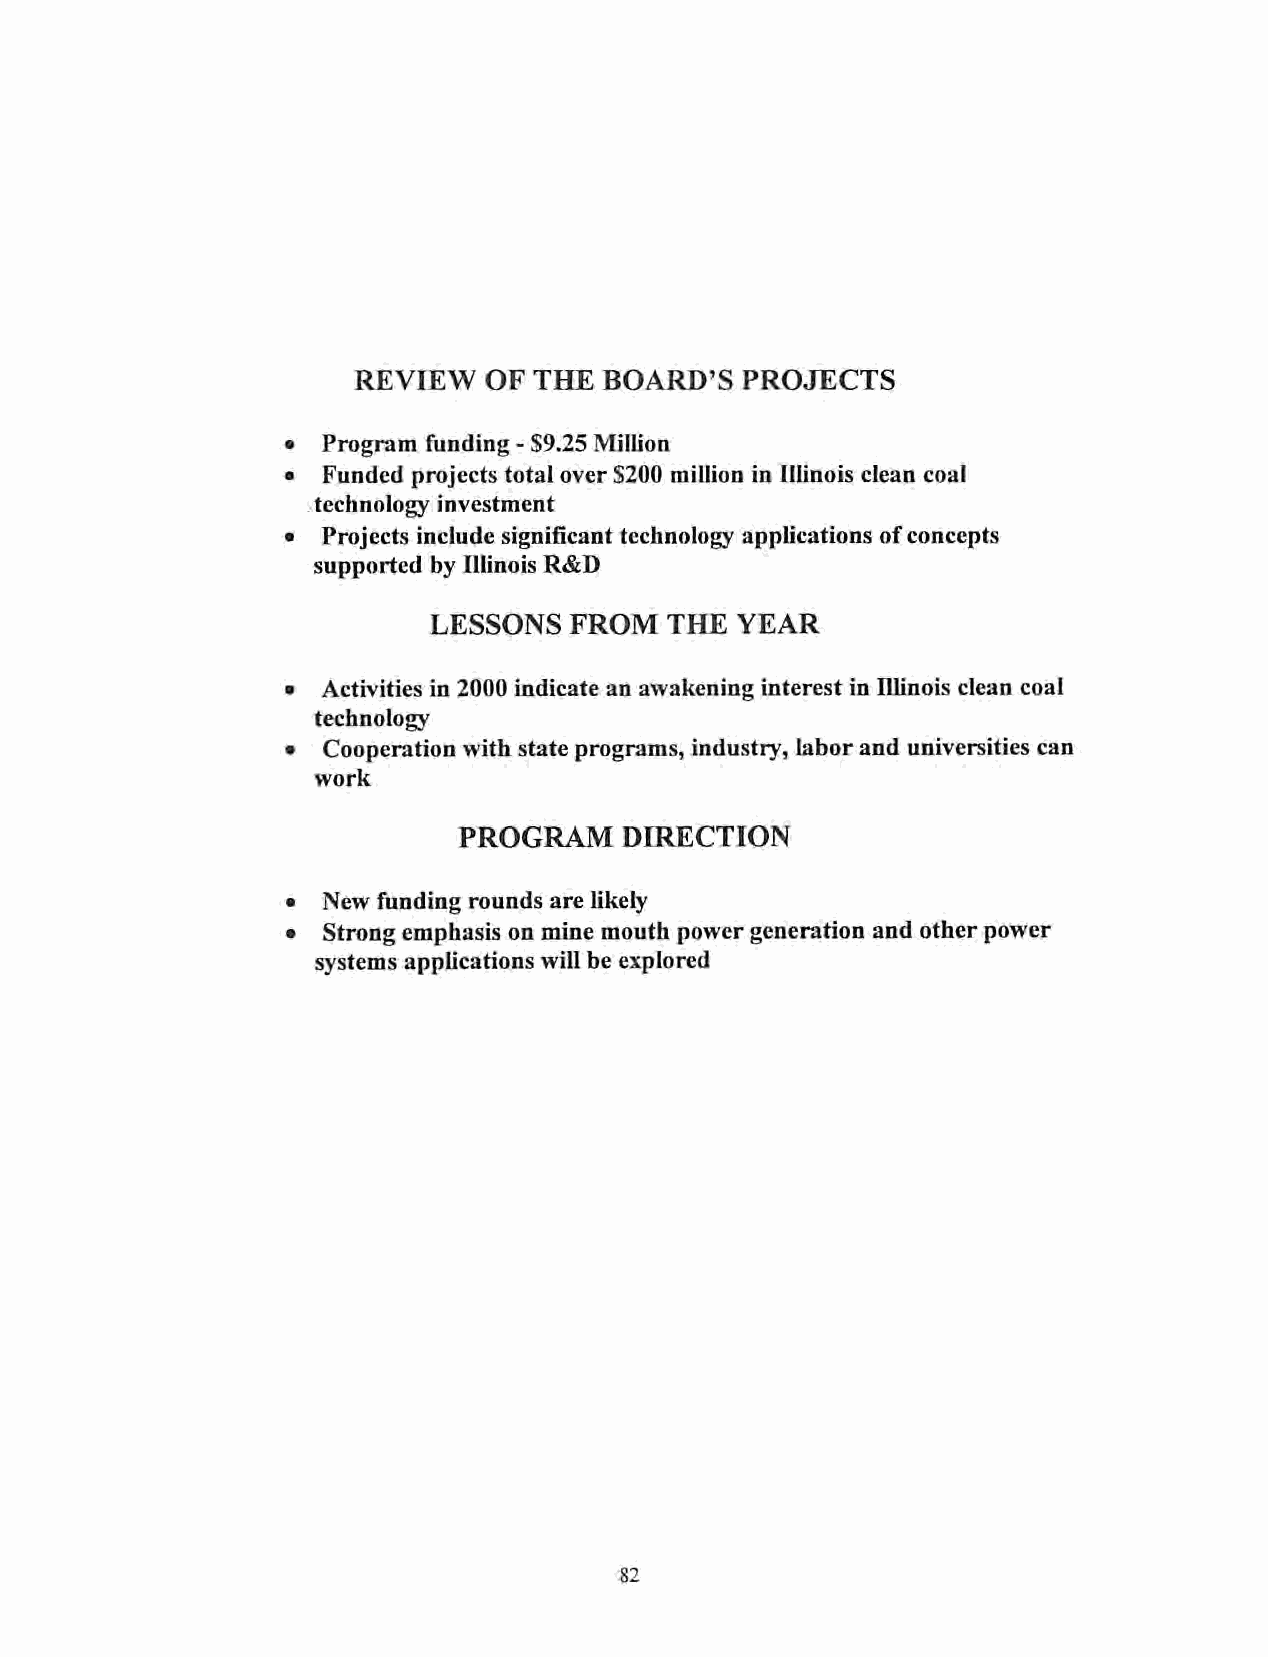
REVIEW   OF THE  BOARD'S  PROJECTS
 • Program funding - S9.25 Million
 • Funded projects total over S200 million in Illinois clean coal
 technology investment
 • Projects include significant technology applications ofconcepts
 supported by Illinois R&D
 LESSONS   FROM  THE  YEAR
 • Activities in 2000 indicate an awakening interest in Illinois clean coal
 technology
 • Cooperation with state programs, industry, laborand universities can
 work
 PROGRAM    DIRECTION
 • New funding rounds are likely
 • Strong emphasis on mine mouth power generation and other power
 systems applications will be explored
 82